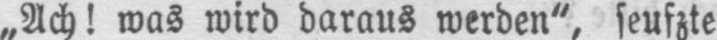
„Ach! was wird daraus werden“, seufzte